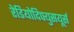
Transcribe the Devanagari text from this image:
रेडियोदिफ्युसयूर्स